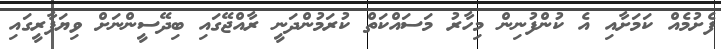
ފެށުމެއް ކަމަށާއި އެ ކުންފުނިން މިހާރު މަސައްކަތް ކުރަމުންދަނީ ރާއްޖޭގައި ބިދޭސީންނަށް ވިޔަފާރީގައި